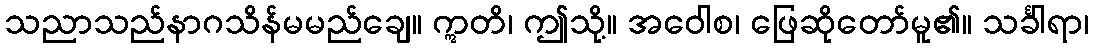
သညာသည်နာဂသိန်မမည်ချေ။ ဣတိ၊ ဤသို့။ အဝေါစ၊ ဖြေဆိုတော်မူ၏။ သင်္ခါရာ၊